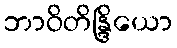
ဘာဝိတိန္ဒြိယော